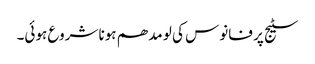
سٹیج پر فانوس کی لو مدھم ہونا شروع ہوئی۔